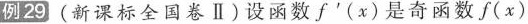
例29 (新课标全国卷Ⅱ)设函数f^{'}(x)是奇函数f(x)